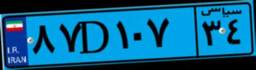
۶۲D۲۴۴۷۸